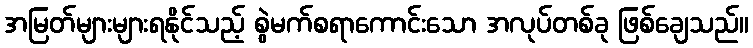
အမြတ်များများရနိုင်သည့် စွဲမက်စရာကောင်းသော အလုပ်တစ်ခု ဖြစ်ချေသည်။